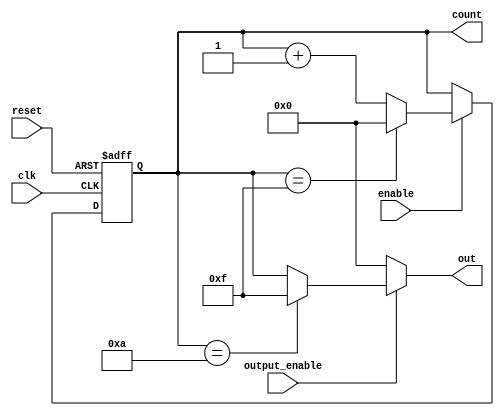
module synchronous_counter (
    input wire clk,            // Clock input
    input wire reset,          // Asynchronous reset input
    input wire enable,         // Enable input
    input wire output_enable,   // Output enable input
    output reg [3:0] count,    // 4-bit counter output
    output reg [3:0] out       // Output based on control logic
);

// Maximum count value (for a 4-bit counter)
parameter MAX_COUNT = 4'b1111; // 15 in decimal

// Always block for synchronous counting
always @(posedge clk or posedge reset) begin
    if (reset) begin
        count <= 4'b0000; // Reset counter to 0
    end else if (enable) begin
        if (count == MAX_COUNT) begin
            count <= 4'b0000; // Wrap around to 0
        end else begin
            count <= count + 1; // Increment counter
        end
    end
end

// Output control logic
always @(*) begin
    if (output_enable) begin
        // Conditional output logic can be added here
        // For example, output a specific value when count reaches 10
        if (count == 4'b1010) begin // If count is 10
            out = 4'b1111; // Output a specific value (e.g., 15)
        end else begin
            out = count; // Otherwise, output the current count
        end
    end else begin
        out = 4'b0000; // If output is not enabled, output 0
    end
end

endmodule